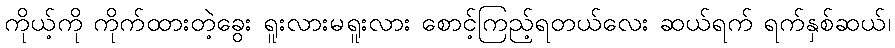
ကိုယ့်ကို ကိုက်ထားတဲ့ခွေး ရူးလားမရူးလား စောင့်ကြည့်ရတယ်လေး ဆယ်ရက် ရက်နှစ်ဆယ်၊